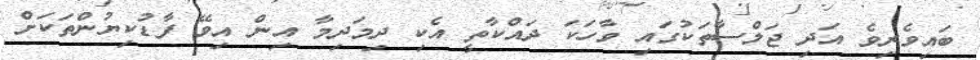
ބައިވެރިވެ އަދި ޖަލްސާތަކުގައި ވާހަކަ ދައްކާތީ އެކި ދިމަދިމާ އިން އިވޭ ފާޑުކިޔުންތަކަށް